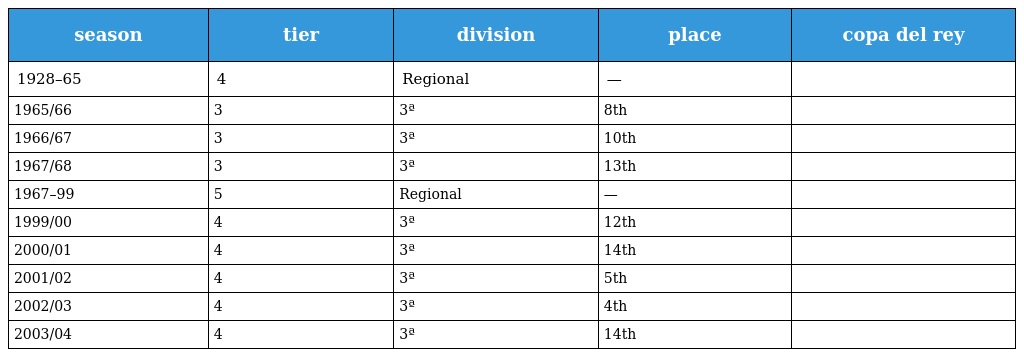
| season | tier | division | place | copa del rey |
 | --- | --- | --- | --- | --- |
 | 1928–65 | 4 | Regional | — |  |
 | 1965/66 | 3 | 3ª | 8th |  |
 | 1966/67 | 3 | 3ª | 10th |  |
 | 1967/68 | 3 | 3ª | 13th |  |
 | 1967–99 | 5 | Regional | — |  |
 | 1999/00 | 4 | 3ª | 12th |  |
 | 2000/01 | 4 | 3ª | 14th |  |
 | 2001/02 | 4 | 3ª | 5th |  |
 | 2002/03 | 4 | 3ª | 4th |  |
 | 2003/04 | 4 | 3ª | 14th |  |